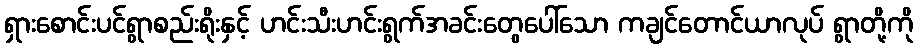
ရှားစောင်းပင်ရွာစည်းရိုးနှင့် ဟင်းသီးဟင်းရွက်အခင်းတွေပေါ်သော ကချင်တောင်ယာလုပ် ရွာတို့ကို